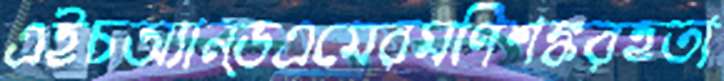
এইচঅ্যান্ডএমেরমণিশঙ্করহতা